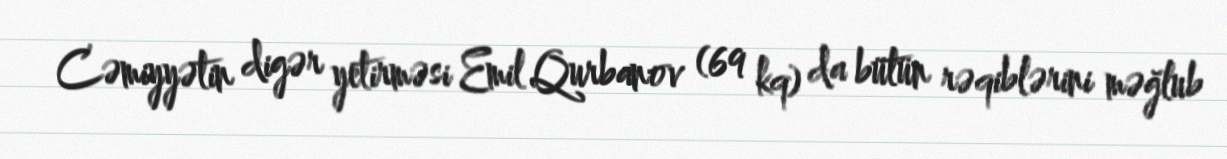
Cəmiyyətin digər yetirməsi Emil Qurbanov (69 kq) da bütün rəqiblərini məğlub